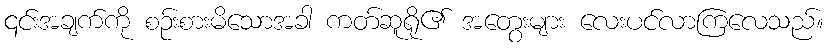
၎င်းအချက်ကို စဉ်းစားမိသောအခါ ကတ်ဆူရို၏ အတွေးများ လေးပင်လာကြလေသည်။